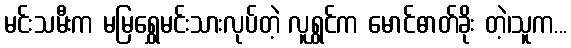
မင်းသမီးက မမြရွှေမင်းသားလုပ်တဲ့ လူရွှင်က မောင်ဓာတ်ခိုး တဲ့၊သူက...